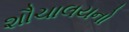
શૌચાલયનો